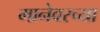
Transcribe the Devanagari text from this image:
मानेवरच्या